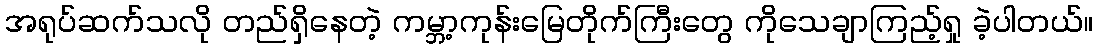
အရုပ်ဆက်သလို တည်ရှိနေတဲ့ ကမ္ဘာ့ကုန်းမြေတိုက်ကြီးတွေ ကိုသေချာကြည့်ရှု ခဲ့ပါတယ်။